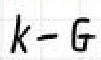
$k - G$